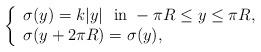
LaTeX: \begin{align*}\left\{ \begin{array}{l} \sigma(y)=k|y| ~~\mbox{in}~ -\pi R \leq y \leq\pi R, \\ \sigma(y+2\pi R)=\sigma(y), \end{array} \right.\end{align*}